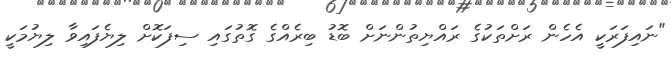
"ނައިފަރަކީ އެހެން ރަށްތަކުގެ ރައްޔިތުންނަށް ބޮޑު ބިރެއްގެ ގޮތުގައި ސިފަކޮށް ލިޔެފައިވާ ލިޔުމަކީ